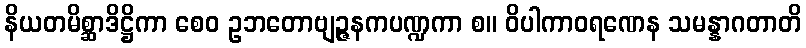
နိယတမိစ္ဆာဒိဋ္ဌိကာ စေဝ ဥဘတောဗျဉ္ဇနကပဏ္ဍကာ စ။ ဝိပါကာဝရဏေန သမန္နာဂတာတိ